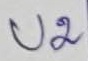
Text: U2